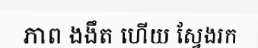
ភាព ងងឹត ហើយ ស្វែងរក